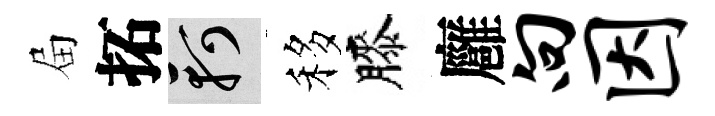
屇拓軻移膝廱向因